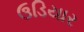
ઉડિયાર